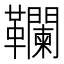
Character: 䪍